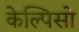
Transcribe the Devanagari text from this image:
केल्पिसो